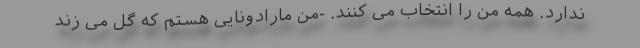
ندارد. همه من را انتخاب می کنند. -من مارادونایی هستم که گل می زند